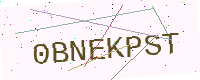
Text: 0BNEKPST